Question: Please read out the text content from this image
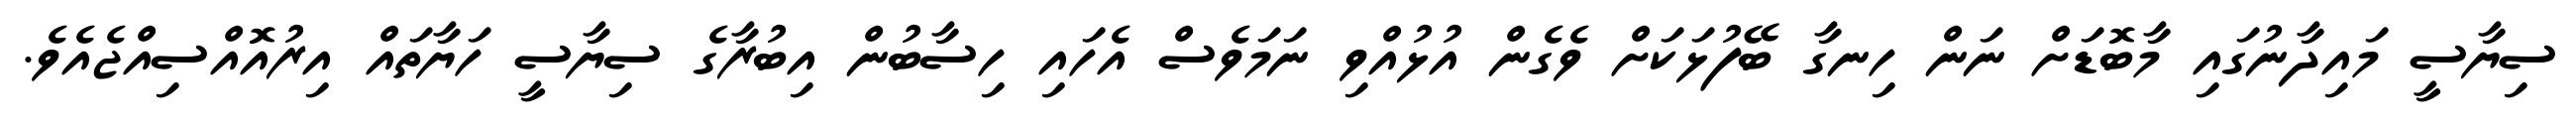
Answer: ސިޔާސީ މައިދާނުގައި މާބޮޑަށް ނަން ހިނގާ ބޭފުޅަކަށް ވެގެން އުޅުއްވި ނަމަވެސް އެހައި ހިސާބުން އިބުރާގެ ސިޔާސީ ހަޔާތައް އިރުއޮއްސިއްޖެއެވެ.